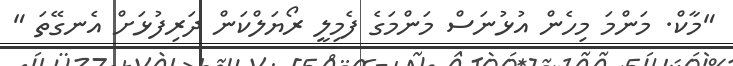
"މާކް. މަންމަ މިހެން އުޅުނަސް މަންމަގެ ފެމިލީ ރޯޔަލްކަން ދަރިފުޅަށް އެނގޭތަ "